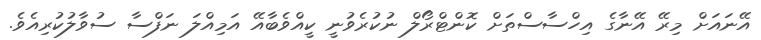
އޭނައަށް މިރޭ އޭނާގެ އިހްސާސްތަށް ކޮންޓްރޯލް ނުކުރެވުނީ ކީއްވެބާއޭ އަމިއްލަ ނަފްސާ ސުވާލުކުރިއެވެ.